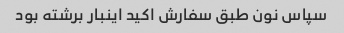
سپاس نون طبق سفارش اکید اینبار برشته بود